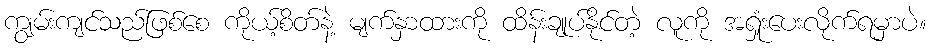
ကျွမ်းကျင်သည်ဖြစ်စေ ကိုယ့်စိတ်နဲ့ မျက်နှာထားကို ထိန်းချုပ်နိုင်တဲ့ လူကို အရှုံးပေးလိုက်ရမှာပဲ။